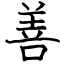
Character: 善